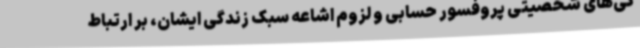
گی‌های شخصیتی پروفسور حسابی و لزوم اشاعه سبک زندگی ایشان، بر ارتباط